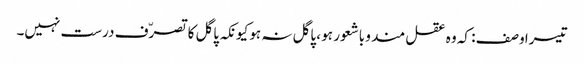
تیسرا وصف : کہ وہ عقل مند و باشعور ہو ، پاگل نہ ہو کیونکہ پاگل کا تصرّف درست نہیں۔